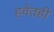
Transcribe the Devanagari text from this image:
हवेतही